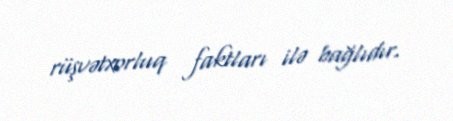
rüşvətxorluq faktları ilə bağlıdır.